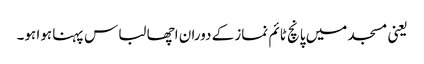
یعنی مسجد میں پانچ ٹائم نماز کے دوران اچھا لباس پہنا ہوا ہو۔